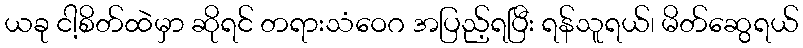
ယခု ငါ့စိတ်ထဲမှာ ဆိုရင် တရားသံဝေဂ အပြည့်ရပြီး ရန်သူရယ်၊ မိတ်ဆွေရယ်